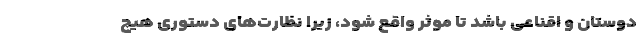
دوستان و اقناعی باشد تا موثر واقع شود، زیرا نظارت‌های دستوری هیچ